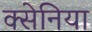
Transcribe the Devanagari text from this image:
क्सेनिया